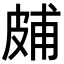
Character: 𤿭